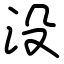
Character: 没